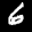
Label: 6